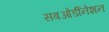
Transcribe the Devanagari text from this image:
सबओर्डीनेशन